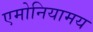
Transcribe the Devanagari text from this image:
एमोनियामय